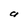
Character: a